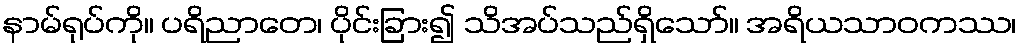
နာမ်ရုပ်ကို။ ပရိညာတေ၊ ပိုင်းခြား၍ သိအပ်သည်ရှိသော်။ အရိယသာဝကဿ၊